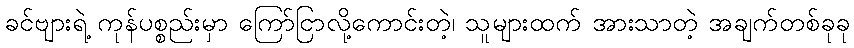
ခင်ဗျားရဲ့ ကုန်ပစ္စည်းမှာ ကြော်ငြာလို့ကောင်းတဲ့၊ သူများထက် အားသာတဲ့ အချက်တစ်ခုခု